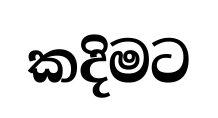
කදිමට